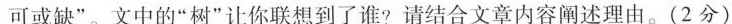
可或缺”。文中的”树”让你联想到了谁？请结合文章内容向述理由。（2分）